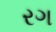
રગ